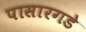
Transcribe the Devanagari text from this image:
पासारगडे